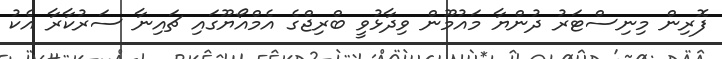
ފޮރިން މިނިސްޓަރު ދުންޔާ މައުމޫން ވިދާޅުވީ ބްރިޖްގެ އެމްއޯޔޫގައި ޗައިނާ ސަރުކާރާ އެކު